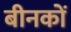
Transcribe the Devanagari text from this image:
बीनकों